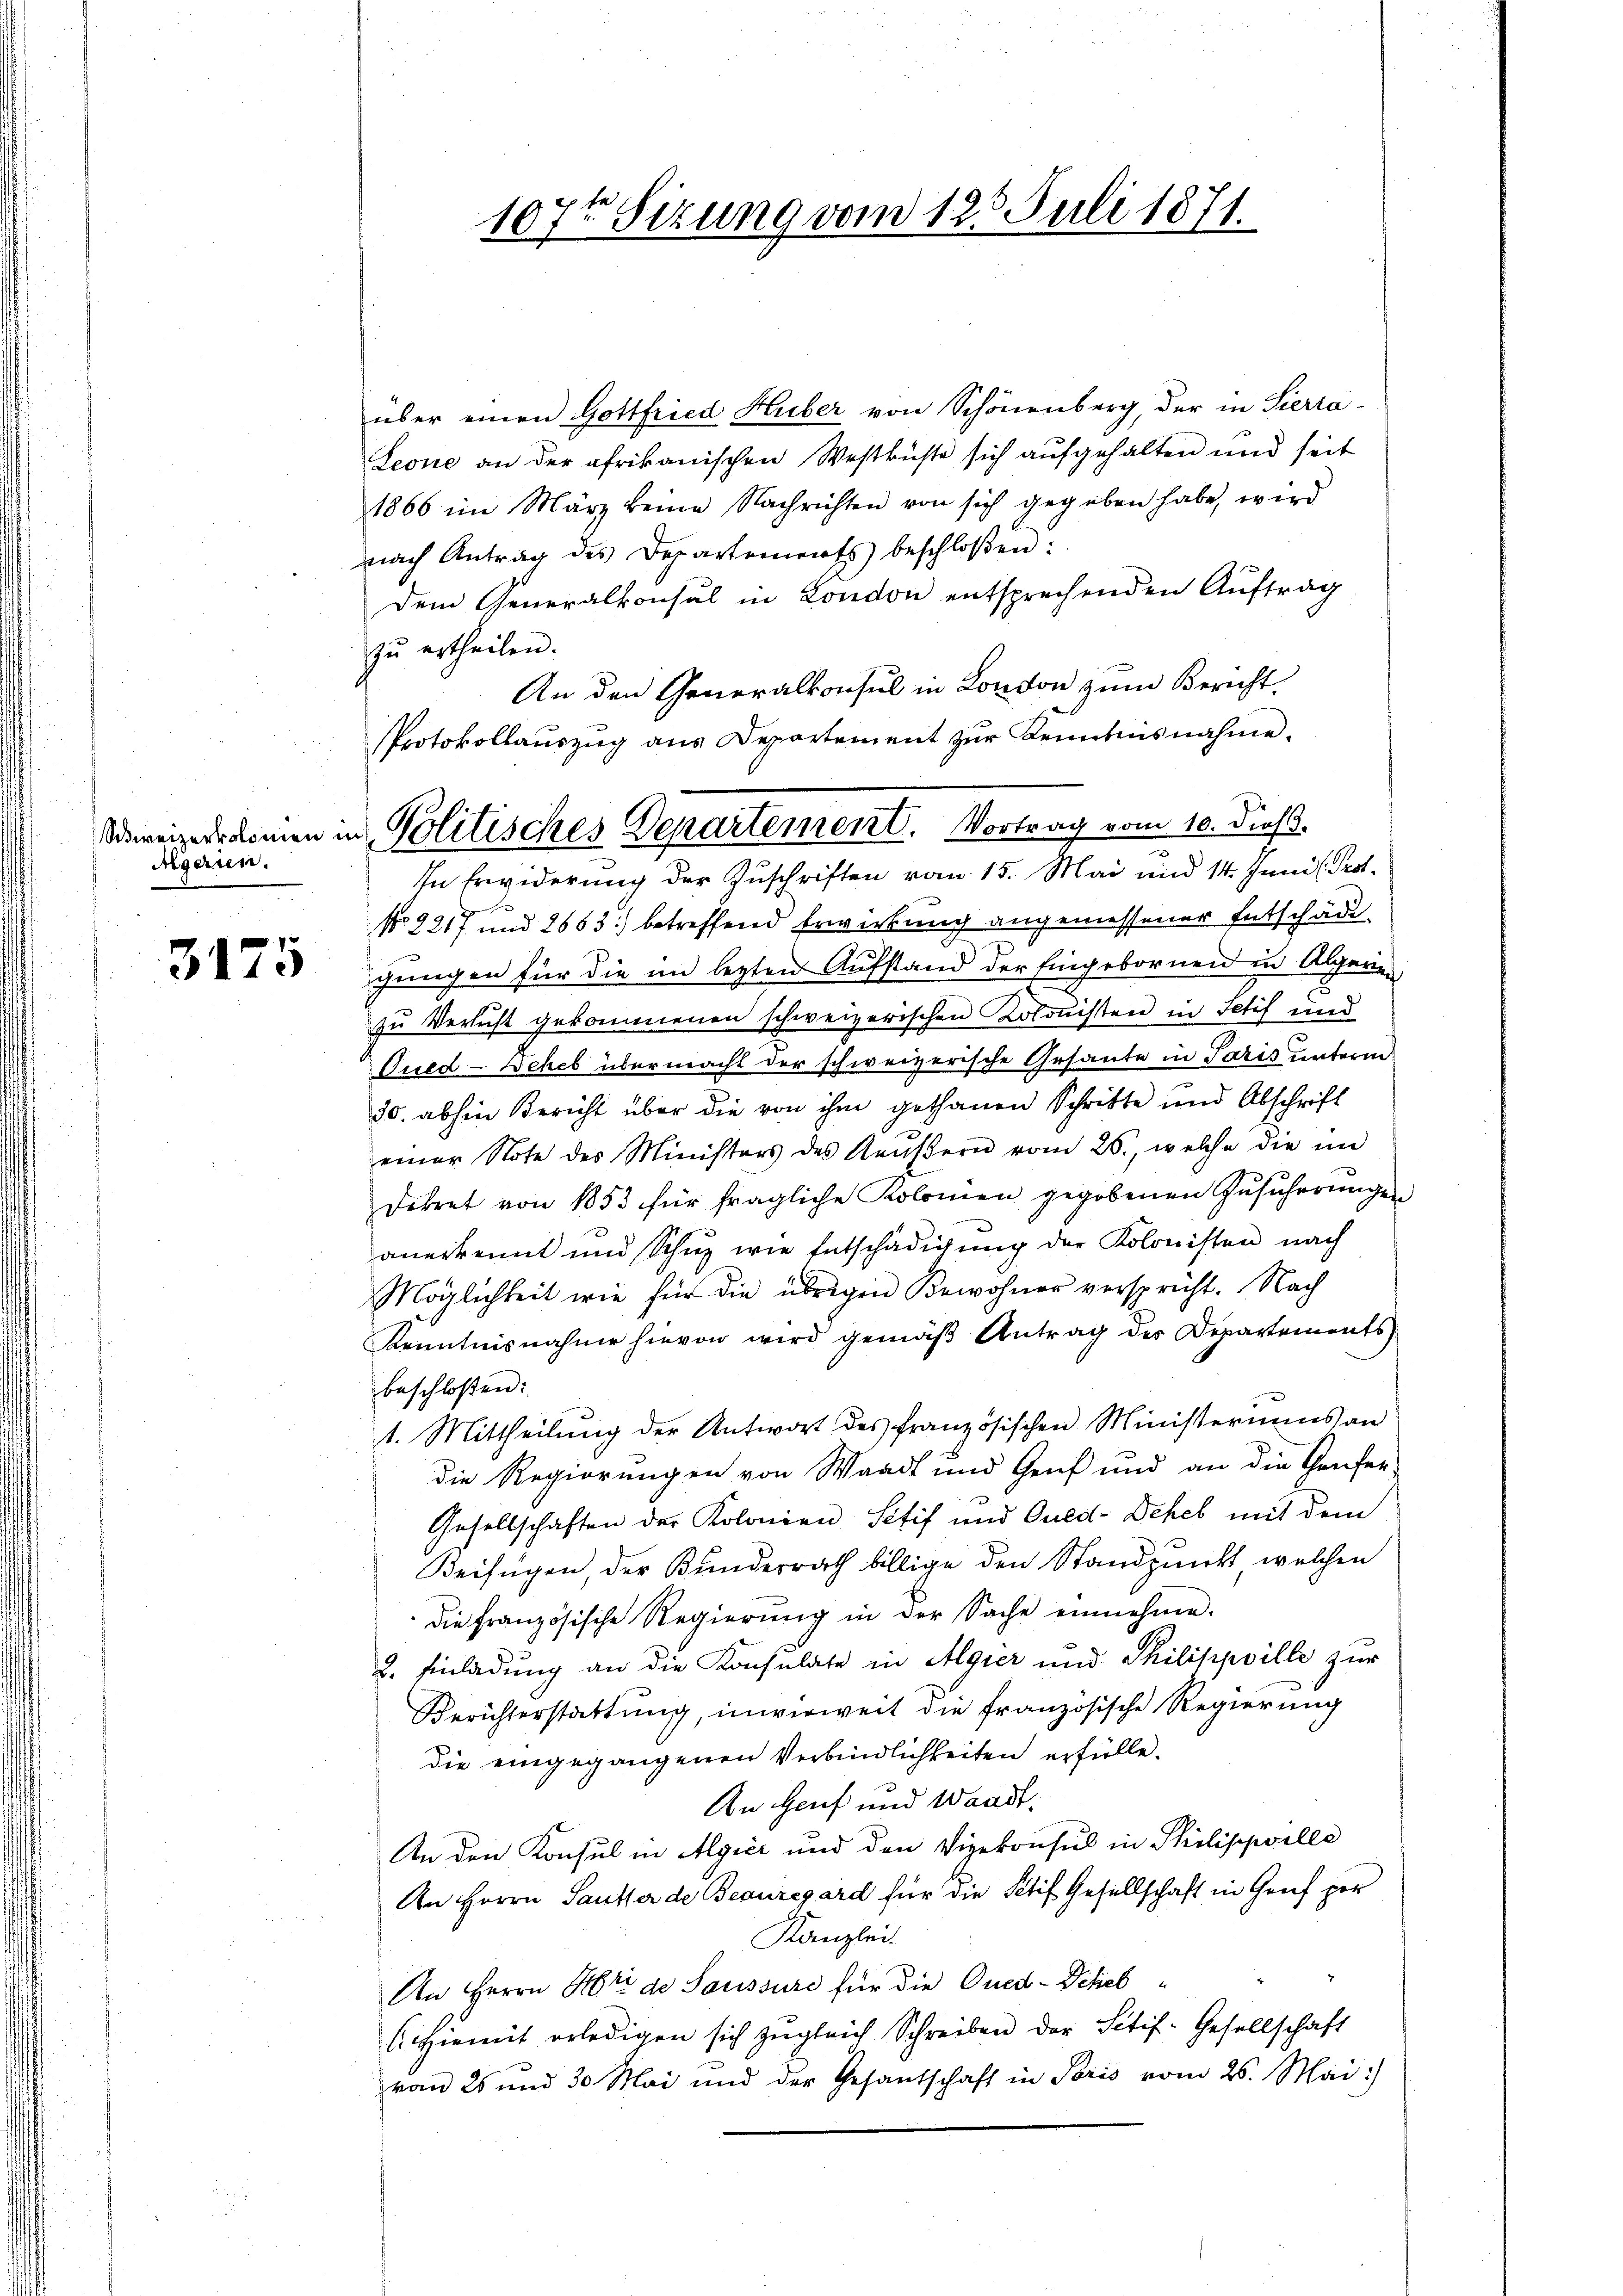
Mgerien.

3175

107ten Sizung vom 125. Juli 1871.

über einen Gottfried Huber von Schönenberg, der in Sierra-
Leone an der afrikanischen Westküste sich aufgehalten und seit
1866 im März keine Nachrichten von sich gegeben habe, wird
nach Antrag des Departements beschloßen:
Dem Generalkonsul in London entsprechenden Auftrag
zŭ ertheilen.
An den Generalkonsul in London zum Bericht.
Protokollauszug aus Departement zur Kenntnisnahme.
In Erwiderung der Zuschriften vom 15. Mai und 14. Juni l. Prof.
No 2217 und 2663) betreffend Erwirkung angemessener Entschäde
gungen für die im lezten Aufstand der Eingebornen in Algerinn
zu Versicht gekommenen schweizerischen Kolonisten in Fetif und
Qued-Deheb übermacht der schweizerische Gesante in Paris unterm
30. abhin Bericht über die von ihm gethanen Schritte und Abschrift
einer Note des Ministers des Kaŭβern vom 26., welche die im
dekret von 1853 für fragliche Kolonien gegebenen Zŭsicherŭngen
anerkennt und Schuz wie Entschädigung der Kolonisten nach
Möglichkeit wie für die übrigen Bewohner verspricht. Nach
Kenntnisnahme hievon wird gemäß Antrag des Departements
beschloßen:
1. Mittheilung der Antwort des französischen Ministeriums an
die Regierungen von Waadt und Genf und an die Genfer-
Gesellschaften der Kolonien Seif und Guld-Deheb mit dem
Beifügen, der Bundesrath billige den Standpunkt welchen
die französische Regierŭng in der Sache einnehme.
2
2. Einladung an die Konsulate in Algier und Philippville zur
Berichterstattung, unverweit die französische Regierung
die eingegangenen Verbindlichkeiten erfülle.
An Genf und Waadt
An den Konsul in Algier und den Vizekonsul in Philischille
An Herrn Sausser de Beauregard für die Petif Gesellschaft in Genf por
Kanzlei.
An Herrn Herr de Saussure für die Qued-Diheb¬
C. hiemit erledigen sich zugleich Schreiben der Sitif-Gesellschaft
vom 25 und 30. Mai und der Gesantschaft in Paris vom 26. Mai:)

Owreizerkomen in Politisches Departement. Vortrag vom 10. Dieß.